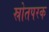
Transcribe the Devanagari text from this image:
स्रोतपरक